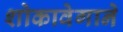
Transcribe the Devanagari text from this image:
शोकावेगाने